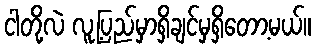
ငါတို့လဲ လူ့ပြည်မှာရှိချင်မှရှိတော့မယ်။